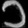
Digit: ၁